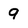
Character: 9